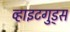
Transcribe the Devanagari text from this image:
व्हाइटगुड्स